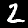
Label: 2